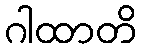
ဂါထာတိ